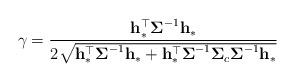
LaTeX: \begin{align*}\gamma= \frac{\mathbf{h}_\ast^\top\boldsymbol{\Sigma}^{-1}\mathbf{h}_\ast}{2\sqrt{\mathbf{h}_\ast^\top\boldsymbol{\Sigma}^{-1}\mathbf{h}_\ast+\mathbf{h}_\ast^\top\boldsymbol{\Sigma}^{-1}\boldsymbol{\Sigma}_c\boldsymbol{\Sigma}^{-1}\mathbf{h}_\ast}}\end{align*}